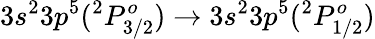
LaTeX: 3s^{2}3p^{5}(^{2}P_{3/2}^{o})\rightarrow 3s^{2}3p^{5}(^{2}P_{1/2}^{o})